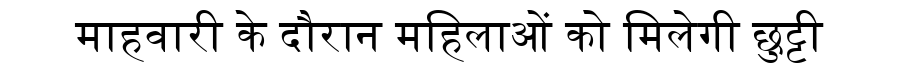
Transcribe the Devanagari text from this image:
माहवारी के दौरान महिलाओं को मिलेगी छुट्टी